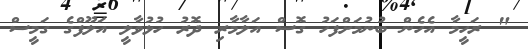
" ރަހީމާ އެހެން ބުނުމަށްފަހު ގޮސް އަލާމާރި ދޮރު ހުޅުވާލީ އަލޫފްގެ ގަމީސް